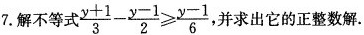
7.解不等式$$\frac{y+1}{3}- \frac{y-1}{2} \geqslant \frac{y-1}{6}$$，并求出它的正整数解.